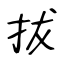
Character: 拔